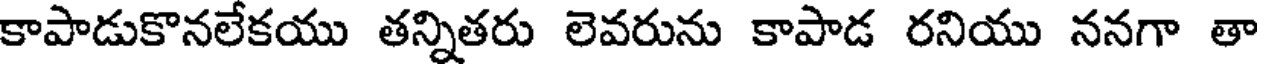
కాపాడుకొనలేకయు తన్నితరు లెవరును కాపాడ రనియు ననగా తా